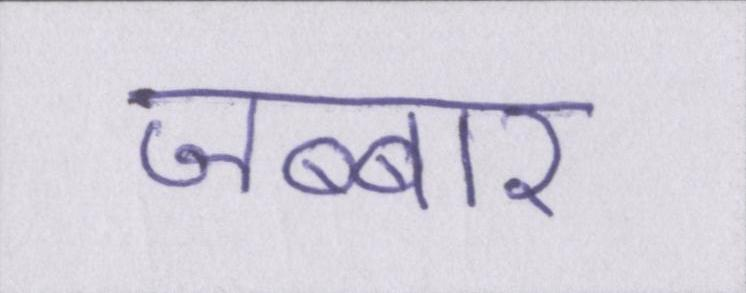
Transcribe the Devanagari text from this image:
जब्बार